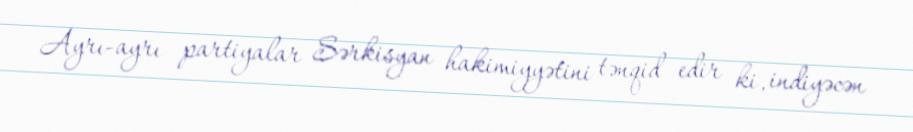
Ayrı-ayrı partiyalar Sərkisyan hakimiyyətini tənqid edir ki, indiyəcən